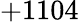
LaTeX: +1104